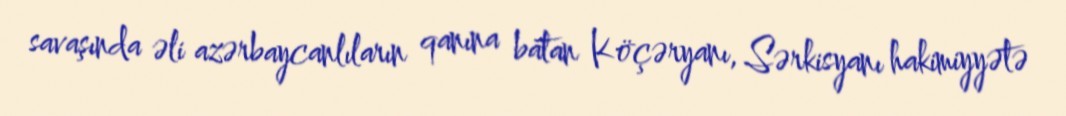
savaşında əli azərbaycanlıların qanına batan Köçəryanı, Sərkisyanı hakimiyyətə